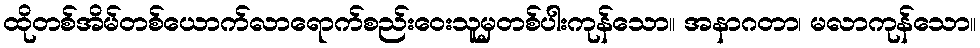
ထိုတစ်အိမ်တစ်ယောက်လာရောက်စည်းဝေးသူမှတစ်ပါးကုန်သော။ အနာဂတာ၊ မလာကုန်သော။